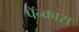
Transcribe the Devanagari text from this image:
पॅन्क्रास